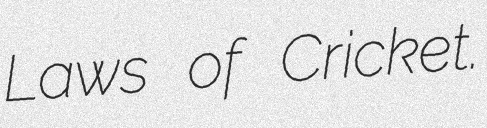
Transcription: Laws of Cricket.